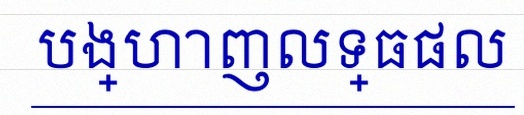
បង្ហាញលទ្ធផល